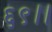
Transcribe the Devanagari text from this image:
६९।।